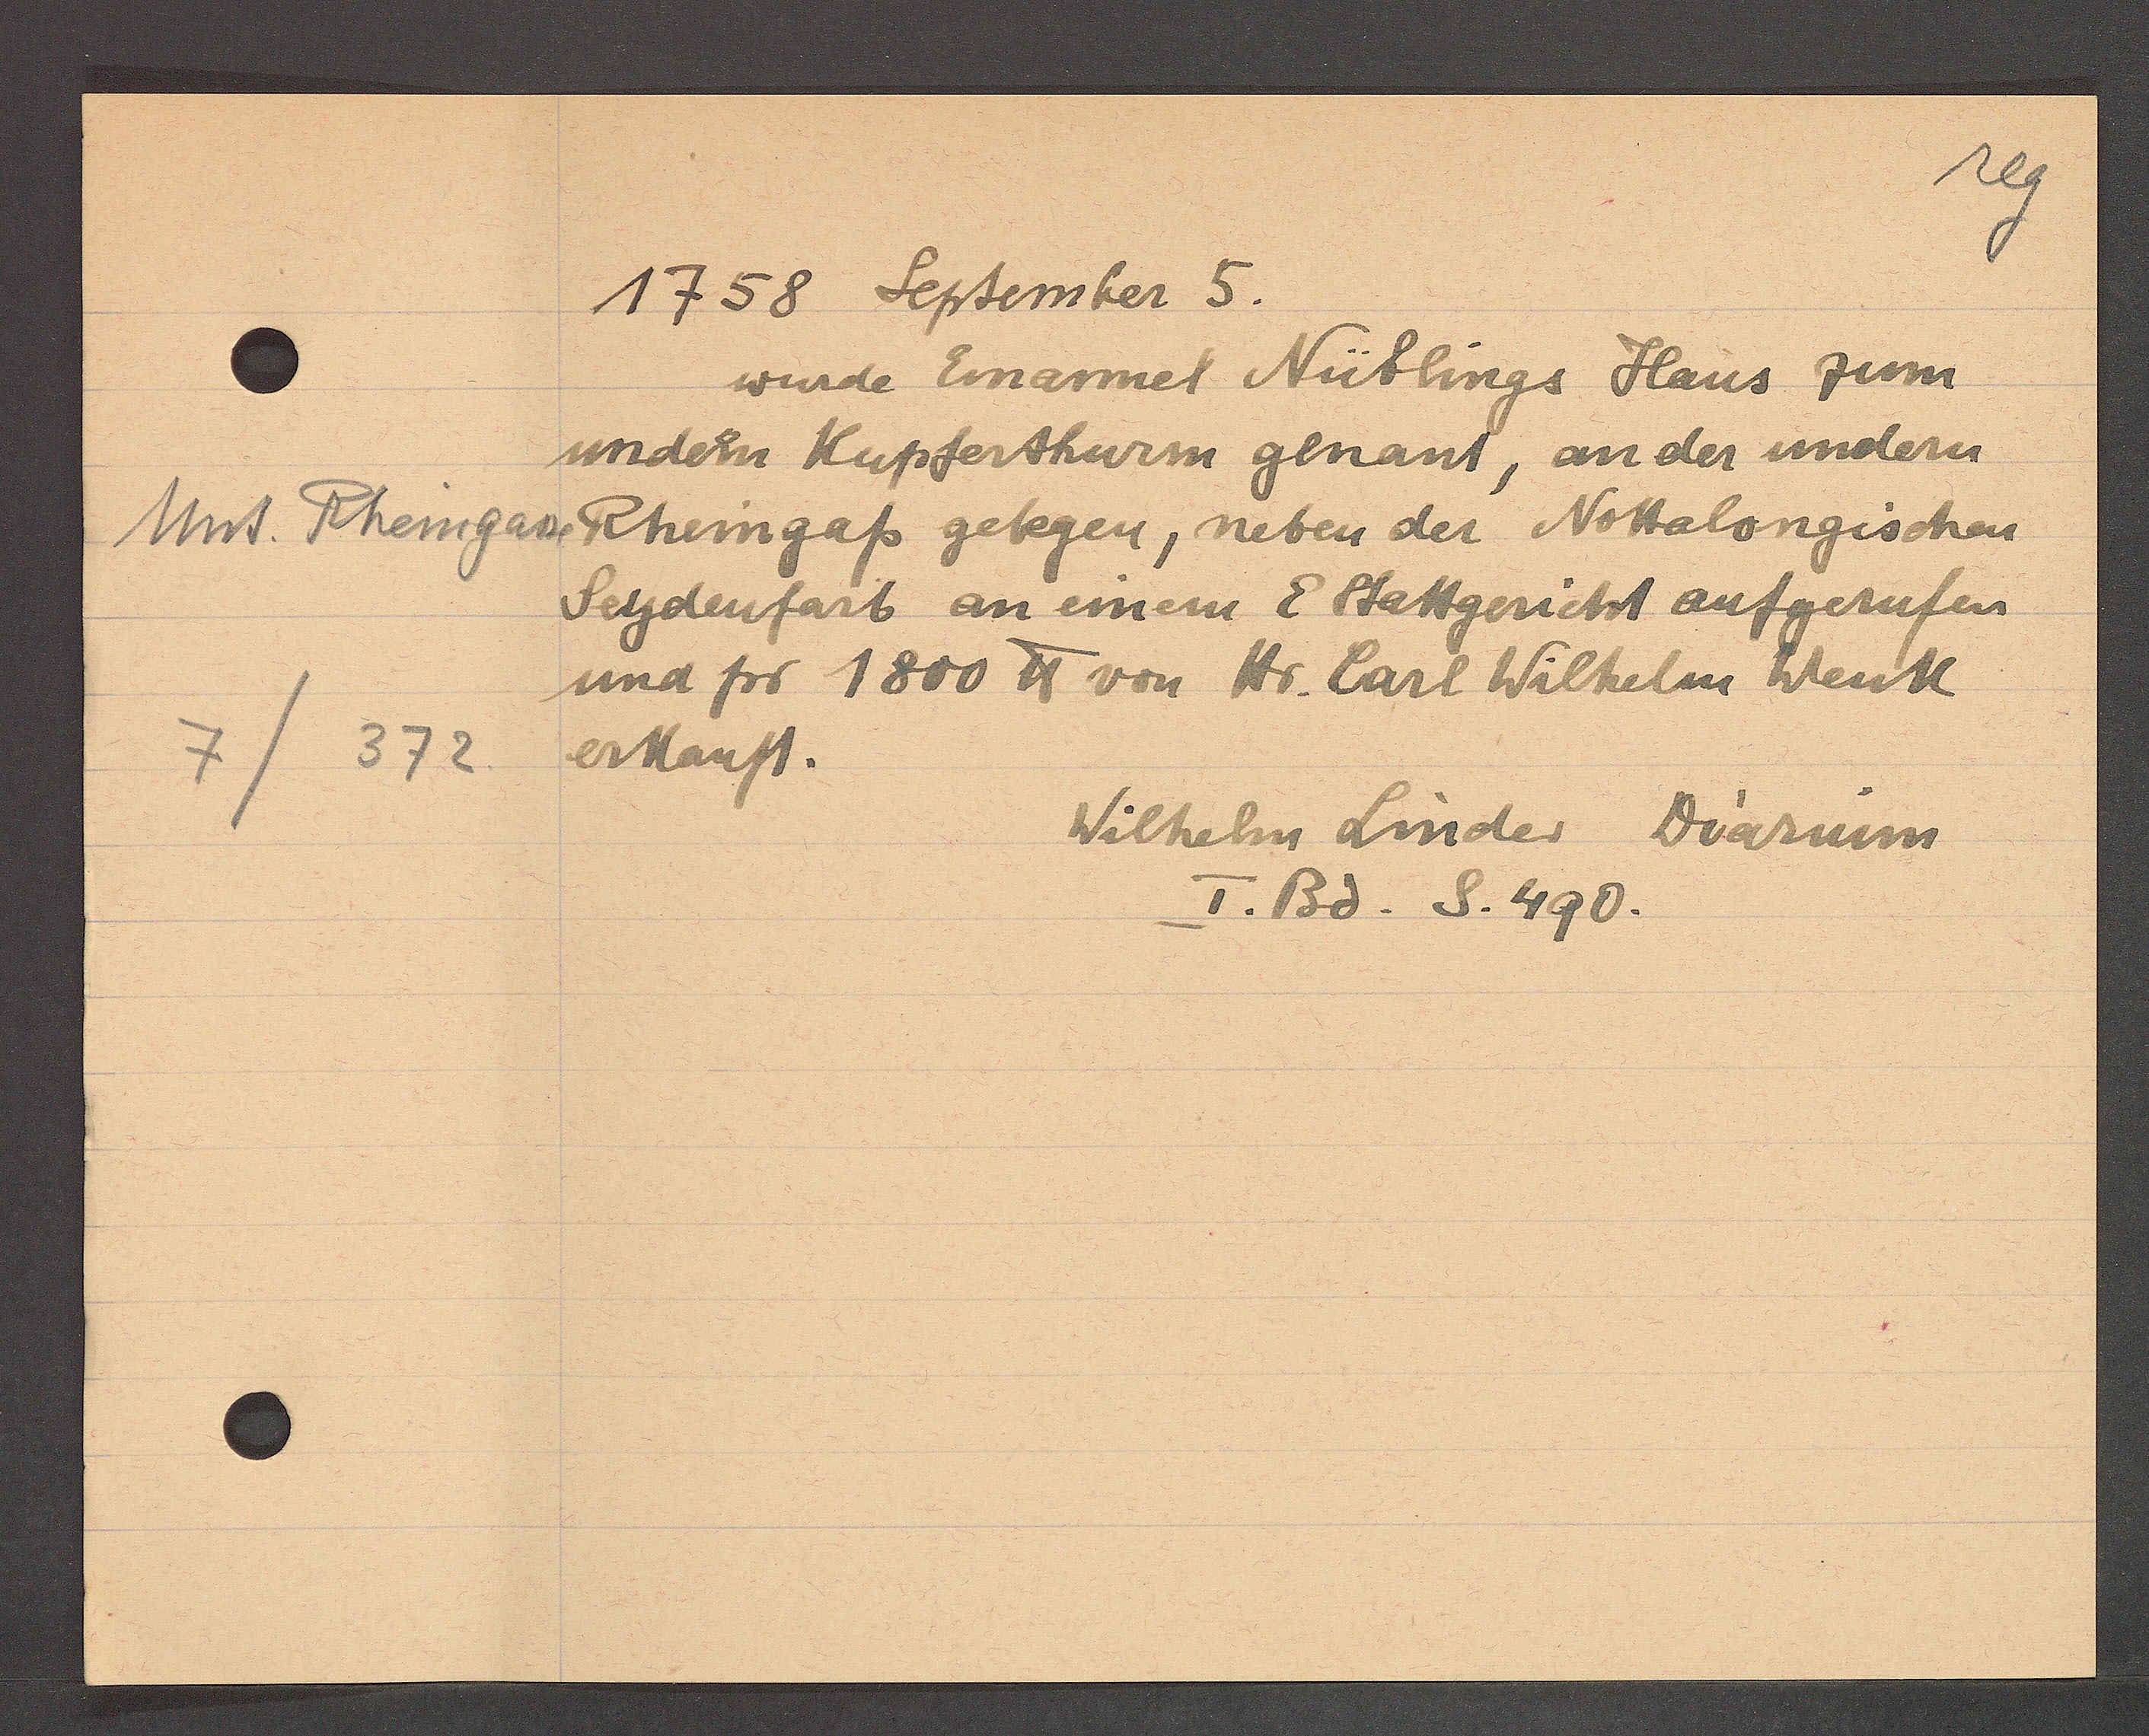
Transcript:
Unt. Rheingasse
372
7

1758 September 5.

wurde Emanuel Nüblings Haus zum
undern Kupferthurm genant, an der undern
Rheingaß gelegen, neben der Nottalongischen
Seydenfarb an einem E Stattgericht aufgerufen
und pro 1800 ℔ von Hr. Carl Wilhelm Weuk
erkauft.

Wilhelm Linder Duarium
I. Bd. S. 490.